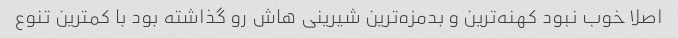
اصلا خوب نبود کهنه‌ترین و بدمزه‌ترین شیرینی هاش رو گذاشته بود با کمترین تنوع